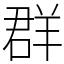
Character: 群